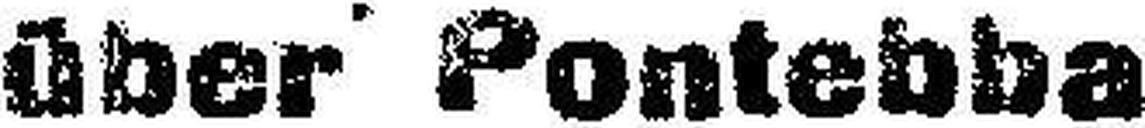
über' Pontebba